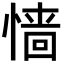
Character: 𢠁